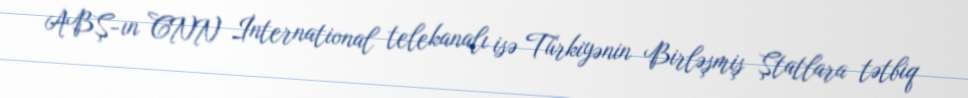
ABŞ-ın CNN İnternational telekanalı isə Türkiyənin Birləşmiş Ştatlara tətbiq